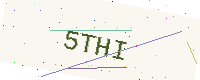
Text: 5THI